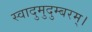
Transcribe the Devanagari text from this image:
स्वादुमुदुम्बरम्।